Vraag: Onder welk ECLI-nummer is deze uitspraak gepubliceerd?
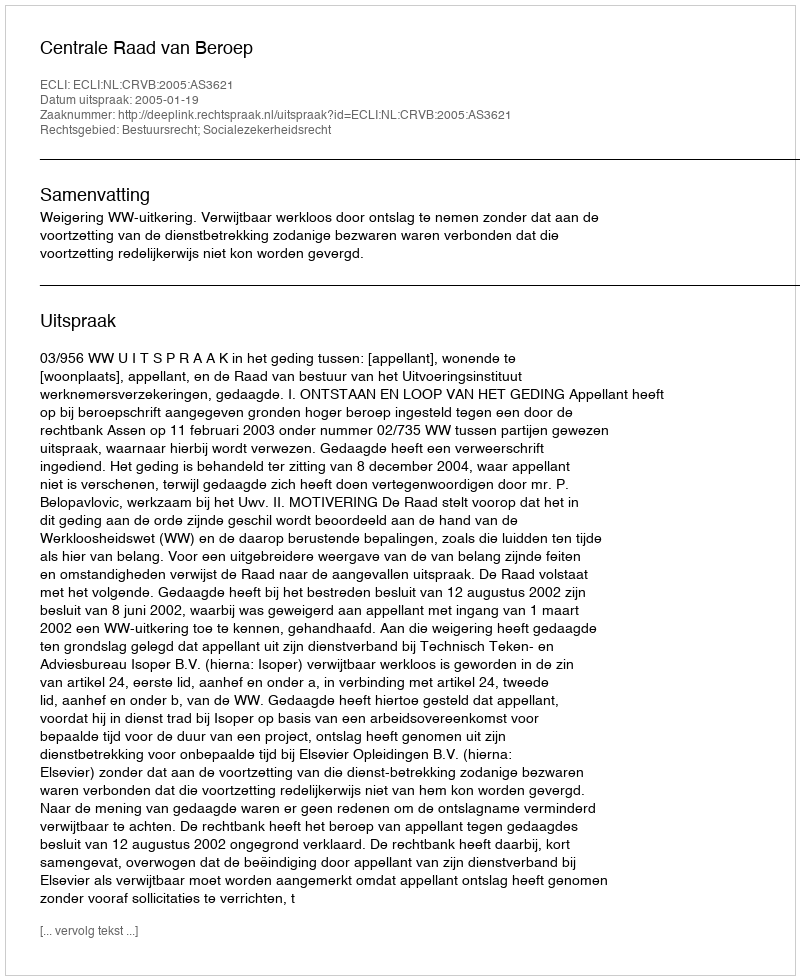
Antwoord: ECLI:NL:CRVB:2005:AS3621